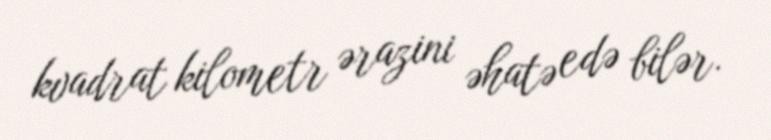
kvadrat kilometr ərazini əhatə edə bilər.